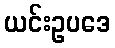
ယင်းဥပဒေ